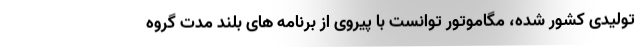
تولیدی کشور شده، مگاموتور توانست با پیروی از برنامه های بلند مدت گروه